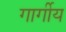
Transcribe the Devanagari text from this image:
गार्गीय